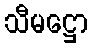
သီမဋ္ဌော